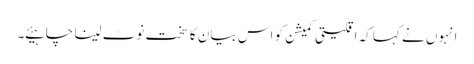
انہوں نے کہا کہ اقلیتی کمیشن کو اس بیان کا سخت نوٹ لینا چاہیئے ۔